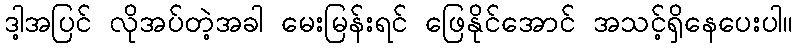
ဒါ့အပြင် လိုအပ်တဲ့အခါ မေးမြန်းရင် ဖြေနိုင်အောင် အသင့်ရှိနေပေးပါ။